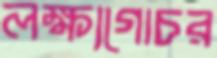
লক্ষ্যগোচর